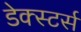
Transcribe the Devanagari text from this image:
डेक्स्टर्स